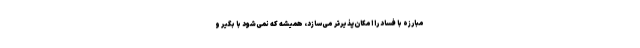
مبارزه با فساد را امکان‌پذیرتر می‌سازد، همیشه که نمی‌شود با بگیر و